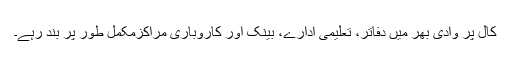
کال پر وادی بھر میں دفاتر، تعلیمی ادارے، بینک اور کاروباری مراکزمکمل طور پر بند رہے۔